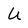
Character: U